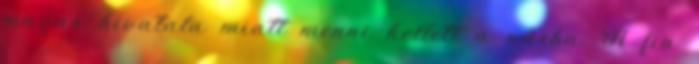
magas hivatala miatt menni kellett a várba. A fia